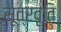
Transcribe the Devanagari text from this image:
सूत्रवृति